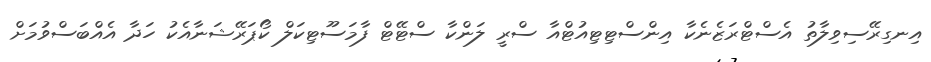
އިނގިރޭސިވިލާތު އެސްޓްރަޒެނެކާ އިންސްޓިޓިއުޓްއާ ސްރީ ލަންކާ ސްޓޭޓް ފާމަސޫޓިކަލް ކޯޕަރޭޝަނާއެކު ހަދާ އެއްބަސްވުމަށް